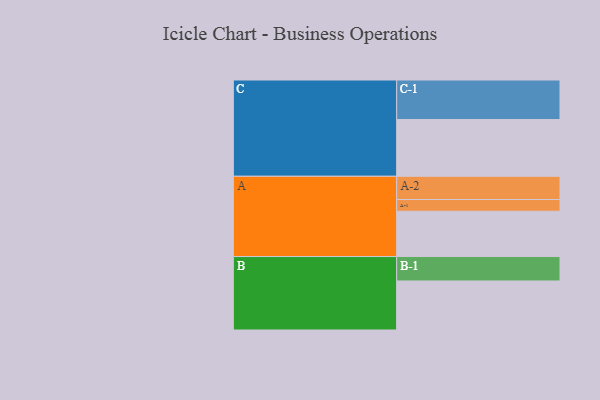
{"axis": {"x": "Segment", "y": "Value"}, "legend": ["", "A", "B", "C"], "data": [{"x": "A", "y": 306, "type": ""}, {"x": "B", "y": 331, "type": ""}, {"x": "C", "y": 383, "type": ""}, {"x": "A-1", "y": 79, "type": "A"}, {"x": "A-2", "y": 157, "type": "A"}, {"x": "B-1", "y": 165, "type": "B"}, {"x": "C-1", "y": 267, "type": "C"}]}